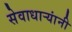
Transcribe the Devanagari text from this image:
सेवाधार्‍यांनी